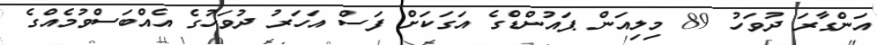
އަންގާރަ ދުވަހު 89 މިލިއަން ޕައުންޑްގެ އަގަކަށް ފަސް އަހަރު ދުވަހުގެ އެއްބަސްވުމެއްގެ